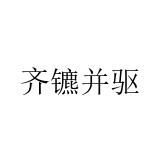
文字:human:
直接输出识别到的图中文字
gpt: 齐镳并驱